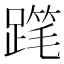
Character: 𲃾